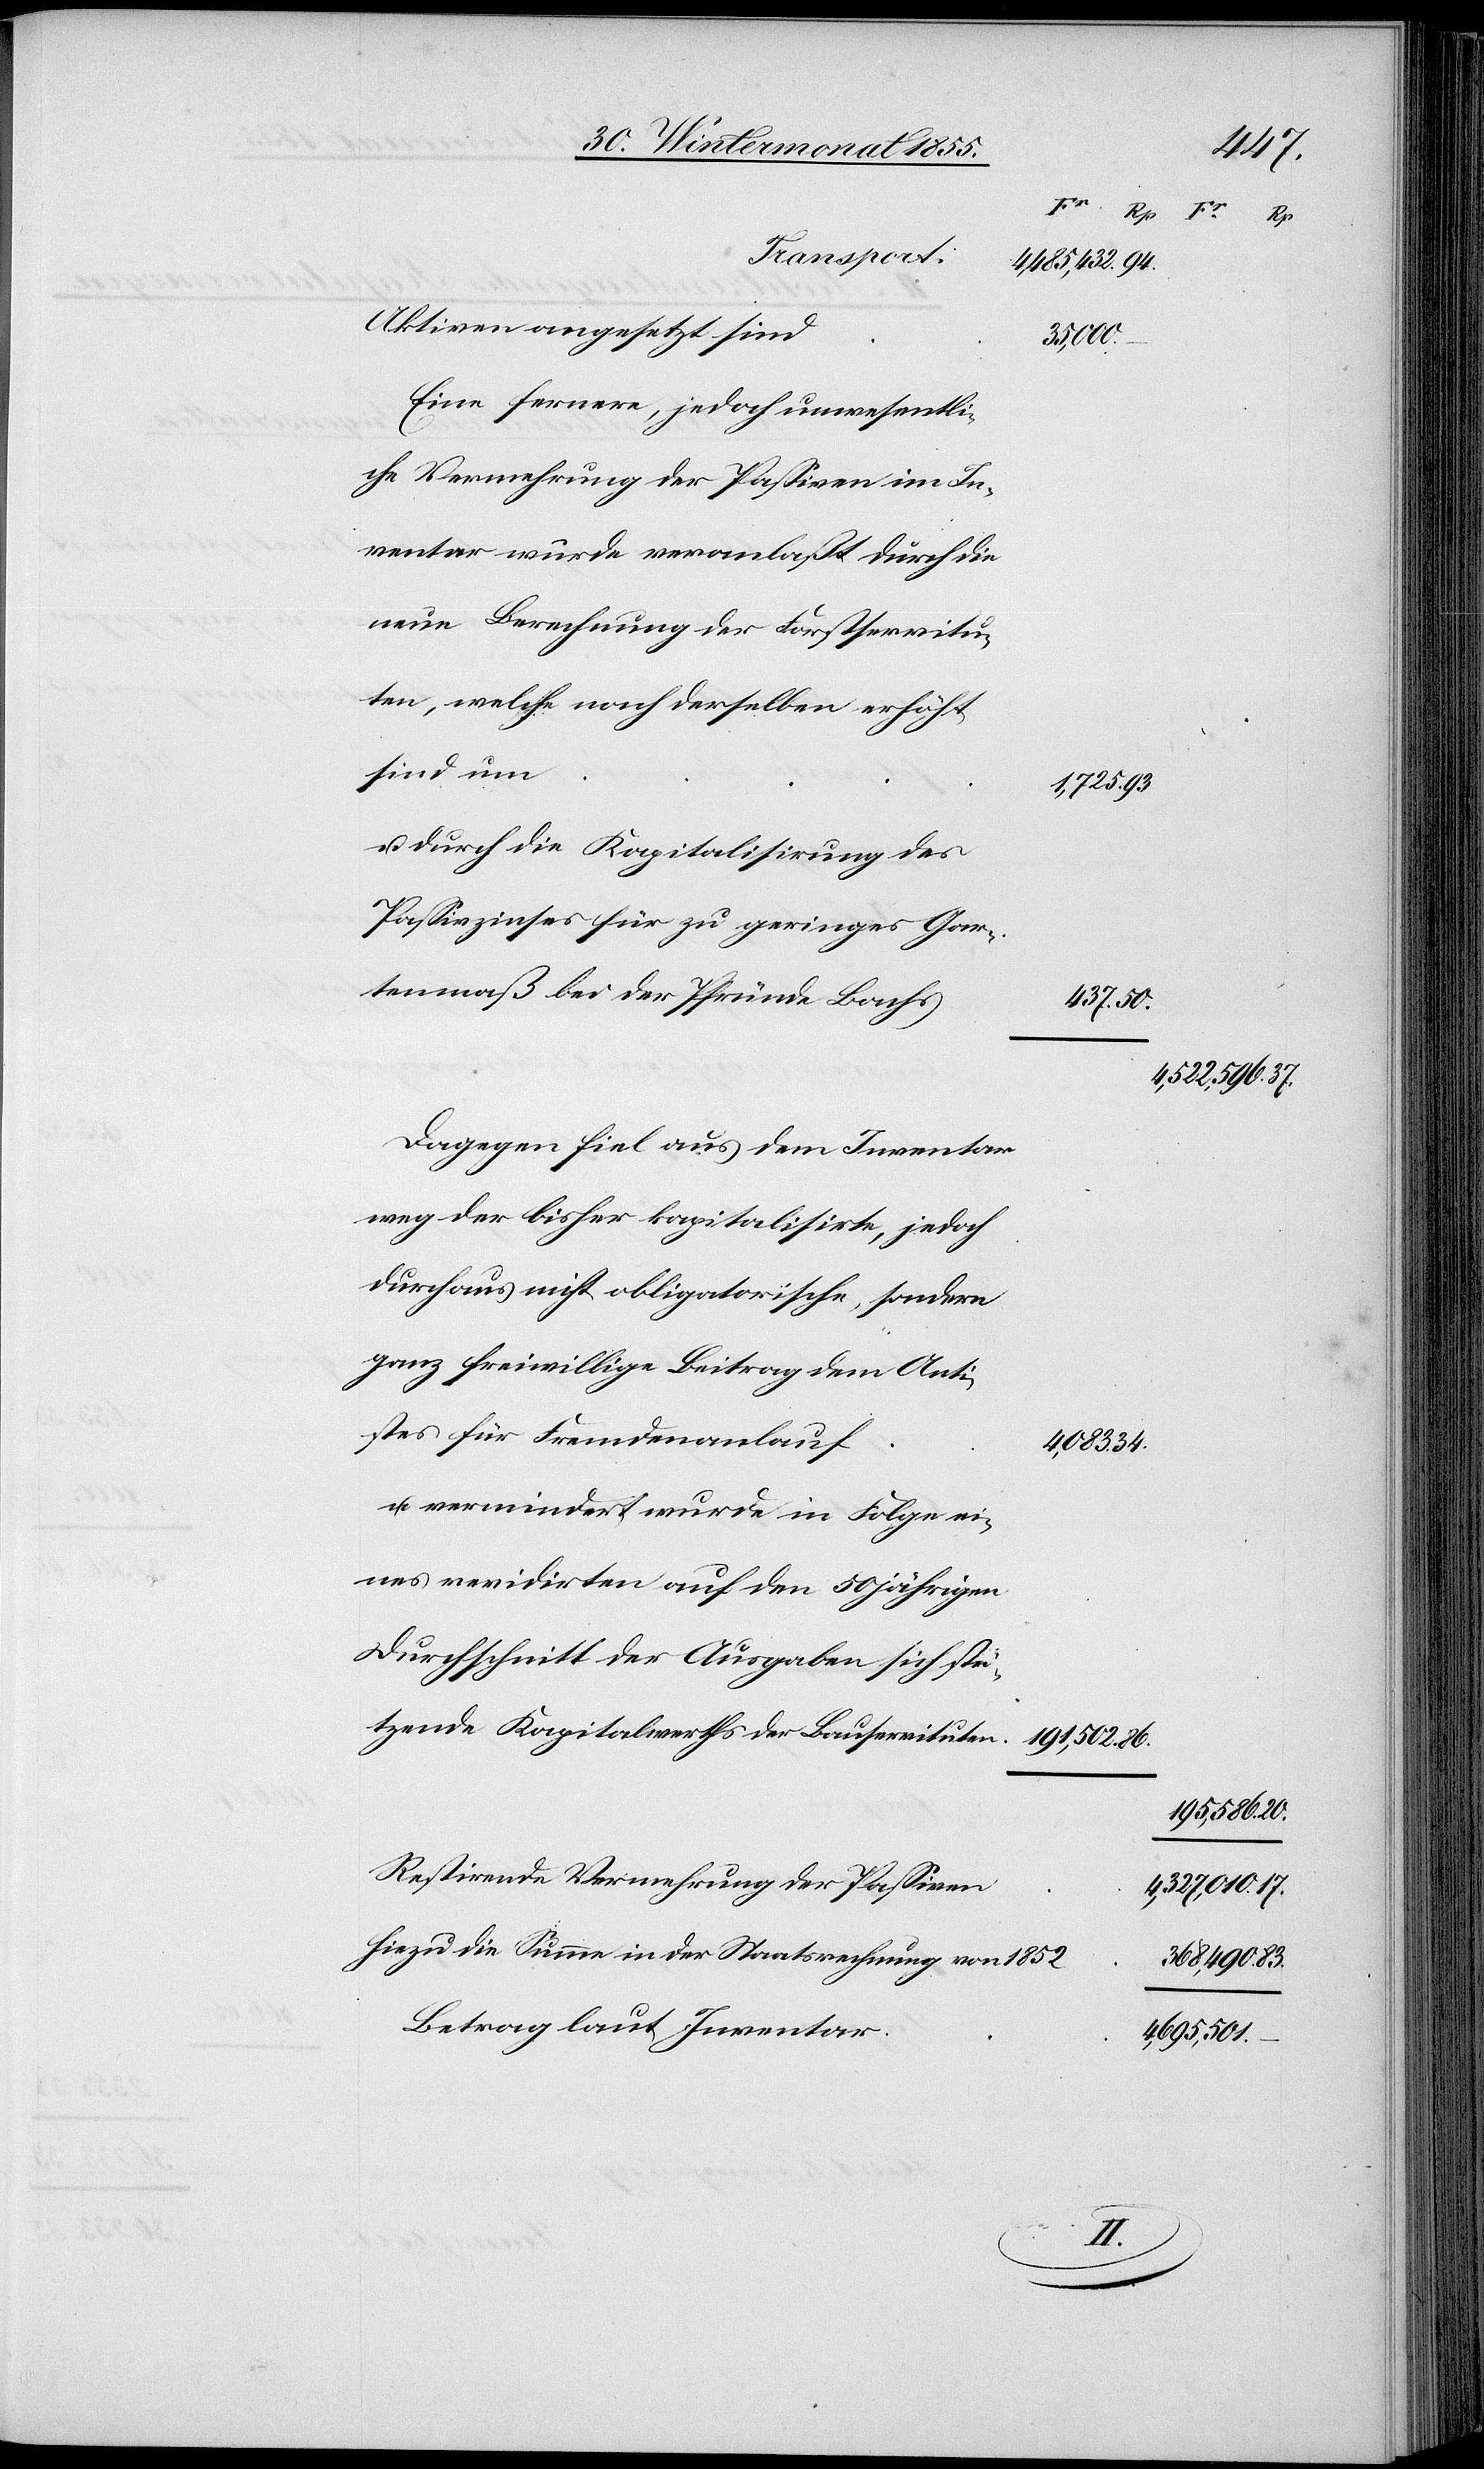
83.
Aktiven angesetzt sind
368,490.
Eine fernere, jedoch unwesentli¬
che Vermehrung der Passiven im In¬
ventar wurde veranlaßt durch die
neue Berechnung der Forstservitu¬
ten, welche nach derselben erhöht
sind um
1,725.
u. durch die Kapitalisirung des
Passivzinses für zu geringes Gar¬
tenmaß bei der Pfründe Bachs
Dagegen fiel aus dem Inventar
weg der bisher kapitalisirte, jedoch
durchaus nicht obligatorische, sondern
ganz freiwillige Beitrag dem Ant¬
istes für Fremdenanlauf
34.
u. vermindert wurde in Folge ei¬
nes revidirten auf den 50 jährigen
Durchschnitt der Ausgaben sich stü¬
tzende[n] Kapitalwerths der Bauservituten
191,502.
195,586.
Restirende Vermehrung der Passiven
4,327,010.
Hiezu die Summe in der Staatsrechnung von 1852
Betrag laut Inventar
4,695,501.